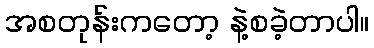
အစတုန်းကတော့ နဲ့စခဲ့တာပါ။